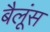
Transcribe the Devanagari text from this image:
बैलूंस